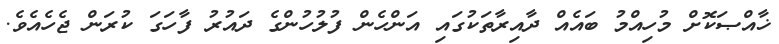
ޚާއްޞަކޮށް މުހިއްމު ބައެއް ދާއިރާތަކުގައި އަންހެން ފުލުހުންގެ ދައުރު ފާހަގަ ކުރަން ޖެހެއެވެ.